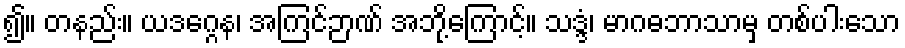
၍။ တနည်း။ ယဒဂ္ဂေန၊ အကြင်ဉာဏ် အဘို့ကြောင့်။ သဒ္ဒံ၊ မာဂဓဘာသာမှ တစ်ပါးသော